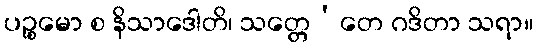
ပဉ္စမော စ နိသာဒေါတိ၊ သတ္တေ’တေ ဂဒိတာ သရာ။